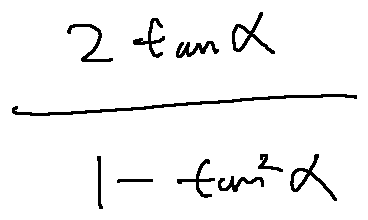
\frac { 2 \tan \alpha } { 1 - \tan ^ { 2 } \alpha }